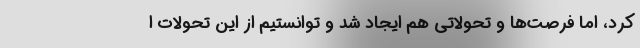
کرد، اما فرصت‌ها و تحولاتی هم ایجاد شد و توانستیم از این تحولات ا